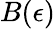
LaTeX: B(\epsilon)